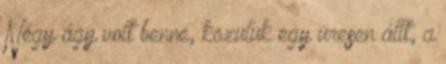
Négy ágy volt benne, közülük egy üresen állt, a